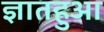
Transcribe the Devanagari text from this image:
ज्ञातहुआ